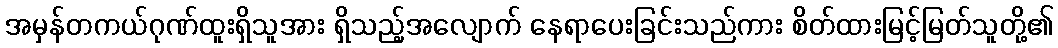
အမှန်တကယ်ဂုဏ်ထူးရှိသူအား ရှိသည့်အလျောက် နေရာပေးခြင်းသည်ကား စိတ်ထားမြင့်မြတ်သူတို့၏